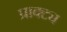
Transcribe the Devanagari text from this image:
प्राक्ट्य